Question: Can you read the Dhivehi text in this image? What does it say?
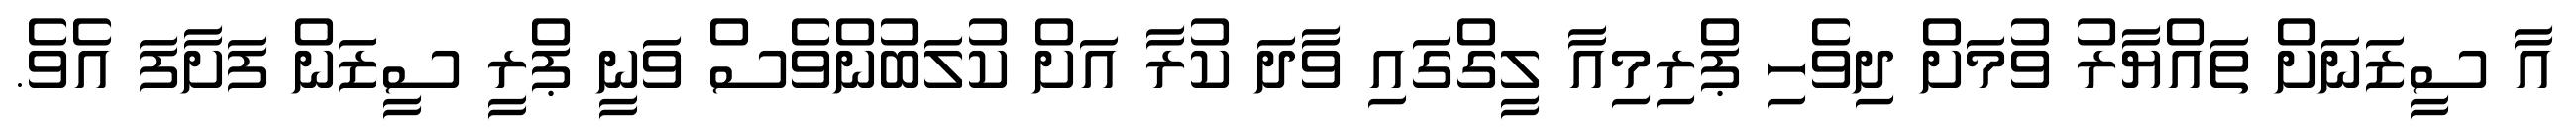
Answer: އާ ސީޒަނަށް ތައްޔާރު ވުމަށް ދިވެހި ޕްރިމިއާ ލީގްގައި ވާދަ ކުރާ އަށް ކުލަބުންވެސް ވަނީ ޕްރީ ސީޒަން ފަށާފަ އެވެ.